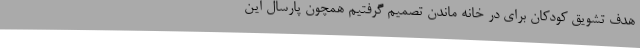
هدف تشویق کودکان برای در خانه ماندن تصمیم گرفتیم همچون پارسال این